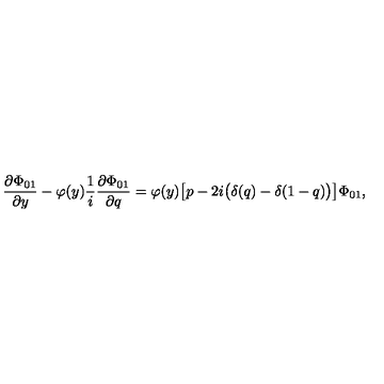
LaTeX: \frac { \partial \Phi _ { 0 1 } } { \partial y } - \varphi ( y ) \frac 1 i \frac { \partial \Phi _ { 0 1 } } { \partial q } = \varphi ( y ) \bigl [ p - 2 i \bigl ( \delta ( q ) - \delta ( 1 - q ) \bigr ) \bigr ] \Phi _ { 0 1 } ,